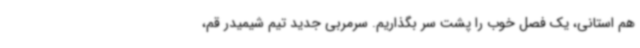
هم استانی، یک فصل خوب را پشت سر بگذاریم. سرمربی جدید تیم شیمیدر قم،